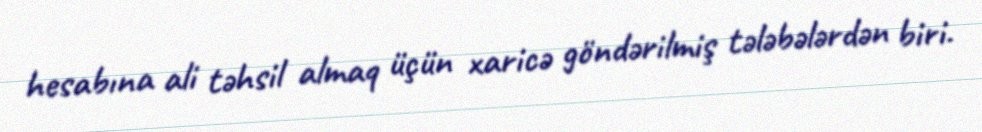
hesabına ali təhsil almaq üçün xaricə göndərilmiş tələbələrdən biri.